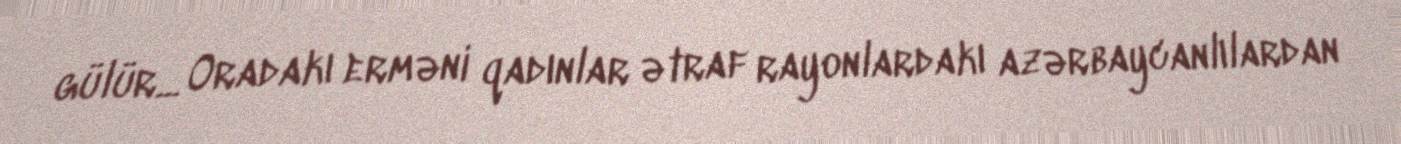
gülür... Oradakı erməni qadınlar ətraf rayonlardakı azərbaycanlılardan